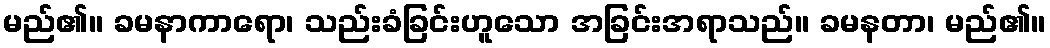
မည်၏။ ခမနာကာရော၊ သည်းခံခြင်းဟူသော အခြင်းအရာသည်။ ခမနတာ၊ မည်၏။